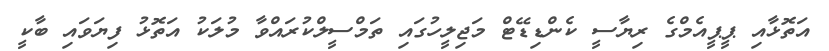
އަތޮޅާއި ޕީޕީއެމްގެ ރިޔާސީ ކެންޑިޑޭޓް މަޖިލީހުގައި ތަމްސީލްކުރައްވާ މުލަކު އަތޮޅު ފިޔަވައި ބާކީ